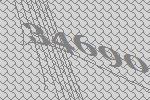
34690